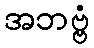
အဘဗ္ဗံ